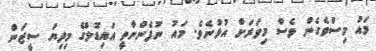
މައު މިސްވެގެން ވެސް މިވަރަށް އުޅުނެވެ. މައު ނުފެންނާތީ އައިޑޮލްގެ މިދިޔަ ސީޒަން